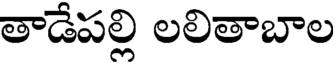
తాడేపల్లి లలితాబాల